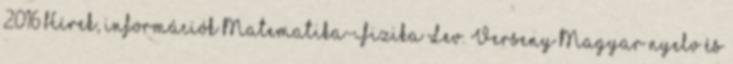
2016 Hírek, információk Matematika-Fizika Lev. Verseny Magyar nyelv és